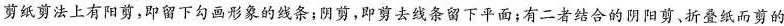
剪纸剪法上有阳剪，即留下勾画形象的线条；阴剪，即剪去线条留下平面；有二者结合的阴阳剪、折叠纸而剪的